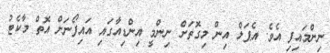
ނިންމައިފި އެވެ. އެޕަލް އިން މިގޮތަށް ނިންމީ އިންޑިއާގައި އައިފޯނަށް އޮތް މާކެޓު